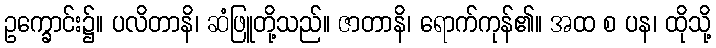
ဥက္ခောင်း၌။ ပလိတာနိ၊ ဆံဖြူတို့သည်။ ဇာတာနိ၊ ရောက်ကုန်၏။ အထ စ ပန၊ ထိုသို့